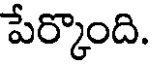
పేర్కొంది.